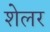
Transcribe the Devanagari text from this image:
शेलर